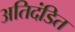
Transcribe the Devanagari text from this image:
अतिदंडित